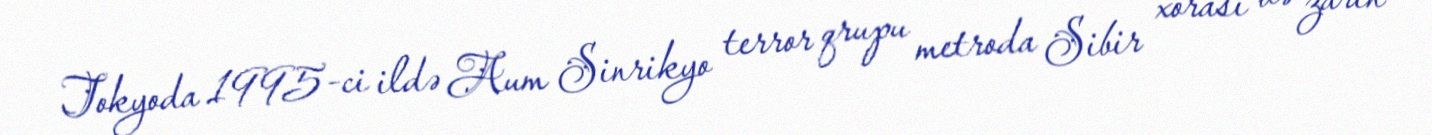
Tokyoda 1995-ci ildə Aum Sinrikyo terror qrupu metroda Sibir xorası və zarin